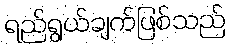
ရည်ရွယ်ချက်ဖြစ်သည်